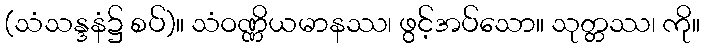
(သံသန္ဒနံ၌ စပ်)။ သံဝဏ္ဏိယမာနဿ၊ ဖွင့်အပ်သော။ သုတ္တဿ၊ ကို။